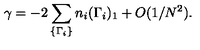
\gamma = - 2 \sum _ { \{ \Gamma _ { i } \} } n _ { i } ( \Gamma _ { i } ) _ { 1 } + O ( 1 / N ^ { 2 } ) .